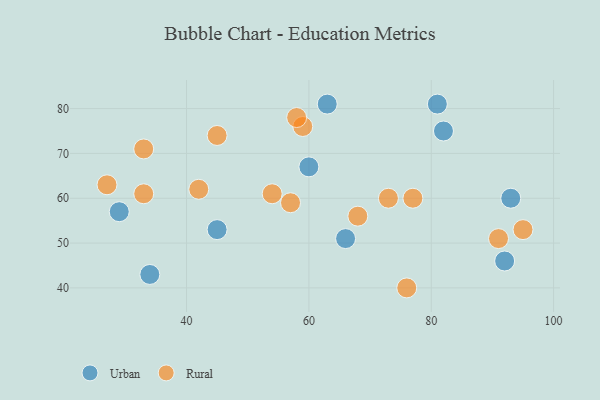
{"axis": {"x": "GDP", "y": "Life Expectancy"}, "legend": ["Rural", "Urban"], "data": [{"x": "81", "y": 81, "type": "Urban"}, {"x": "82", "y": 75, "type": "Urban"}, {"x": "45", "y": 53, "type": "Urban"}, {"x": "93", "y": 60, "type": "Urban"}, {"x": "34", "y": 43, "type": "Urban"}, {"x": "66", "y": 51, "type": "Urban"}, {"x": "60", "y": 67, "type": "Urban"}, {"x": "29", "y": 57, "type": "Urban"}, {"x": "92", "y": 46, "type": "Urban"}, {"x": "63", "y": 81, "type": "Urban"}, {"x": "73", "y": 60, "type": "Rural"}, {"x": "54", "y": 61, "type": "Rural"}, {"x": "76", "y": 40, "type": "Rural"}, {"x": "95", "y": 53, "type": "Rural"}, {"x": "68", "y": 56, "type": "Rural"}, {"x": "45", "y": 74, "type": "Rural"}, {"x": "42", "y": 62, "type": "Rural"}, {"x": "33", "y": 71, "type": "Rural"}, {"x": "57", "y": 59, "type": "Rural"}, {"x": "27", "y": 63, "type": "Rural"}, {"x": "59", "y": 76, "type": "Rural"}, {"x": "58", "y": 78, "type": "Rural"}, {"x": "77", "y": 60, "type": "Rural"}, {"x": "33", "y": 61, "type": "Rural"}, {"x": "91", "y": 51, "type": "Rural"}]}